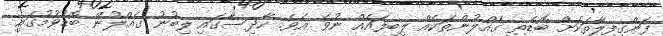
ފަންގިފިލާތަކަށް ބޮޑެތި ގެއްލުންތަކެއް ލިބިފައެއް ނުވެ އެވެ. ހާދިސާގައި ލިބުނު ގެއްލުން ބޮޑުވުމުގައި